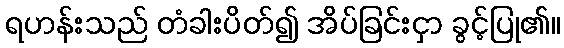
ရဟန်းသည် တံခါးပိတ်၍ အိပ်ခြင်းငှာ ခွင့်ပြု၏။